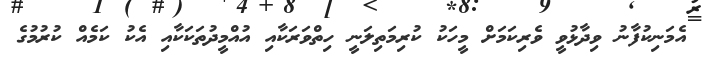
އެމަނިކުފާނު ވިދާޅުވީ ވެރިކަމަށް މީހަކު ކުރިމަތިލަނީ ހިތްވަރަކާއި އުއްމީދުތަކަކާއި އެކު ކަމެއް ކުރުމުގެ